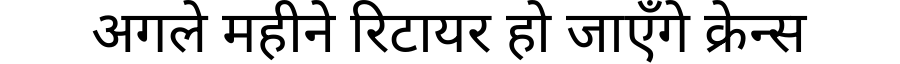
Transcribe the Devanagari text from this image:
अगले महीने रिटायर हो जाएँगे क्रेन्स